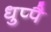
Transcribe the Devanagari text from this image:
धुप्पै